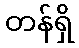
တန်ရှိ